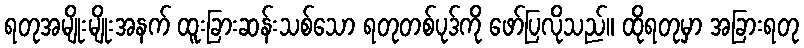
ရတုအမျိုးမျိုးအနက် ထူးခြားဆန်းသစ်သော ရတုတစ်ပုဒ်ကို ဖော်ပြလိုသည်။ ထိုရတုမှာ အခြားရတု